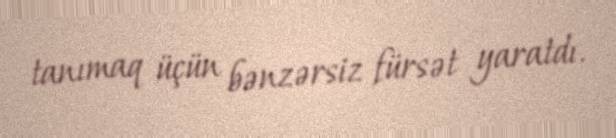
tanımaq üçün bənzərsiz fürsət yaratdı.